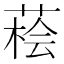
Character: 𦷭